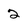
Character: 2